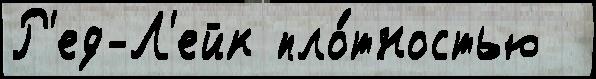
Р'ед-Л'ейк пло́тностью